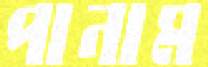
পানাম